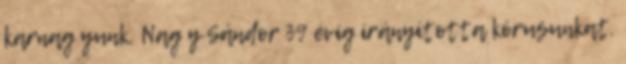
karnag yunk, Nag y Sándor 39 évig irányította kórusunkat.